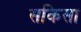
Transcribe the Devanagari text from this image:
सकिसा